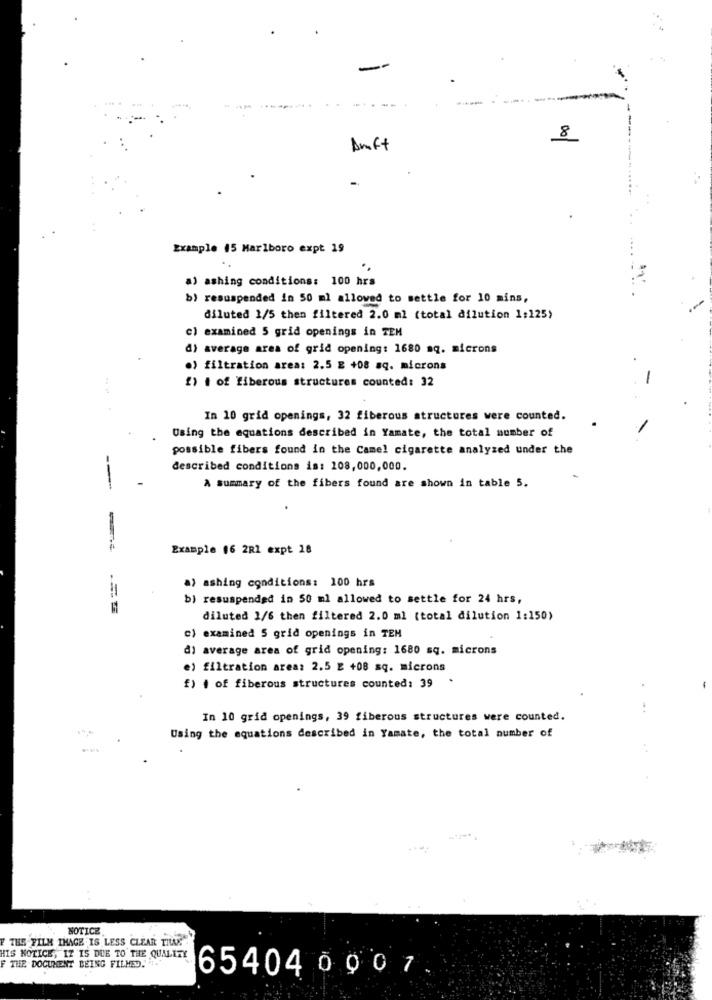
-
8
Amft
Example 15 Marlboro expt 19
a) ashing conditions: 100 hrs
b) resuspended in 50 ml allowed to settle for 10 mins,
diluted 1/5 then filtered 2.0 ml (total dilution 1:125>
c) examined 5 grid openings in TEM
d) average area of grid opening: 1680 aq. microns
.) filtration area: 2.5 E +08 aq. microns
...
2) i of fiberous structures counted: 32
In 10 grid openings, 32 fiberous structures were counted.
Using the equations described in Yamate, the total number of
possible fibers found in the Camel cigarette analyzed under the
described conditions is: 108,000,000.
A summary of the fibers found are shown in table 5.
----
--
Example 16 2R1 expt 18
a) ashing conditions: 100 hrs
bi resuspended in 50 ml allowed to settle for 24 hrs,
diluted 1/6 then filtered 2.0 ml (total dilution 1:150)
c) examined 5 grid openings in TEN
di average area of grid opening: 1680 sq. microns
e) filtration area: 2.5 E +08 sq. microns
f) + of fiberous structures counted: 39
In 10 grid openings, 39 fiberous structures were counted.
Using the equations described in Yamate, the total number of
NOTICE
F THE FILM IMAGE IS LESS CLEAR TILK"
HIS NOTICE, IZ IS DUE TO THE QUALITY
F THE DOCUMENT BEING FILMED ..
654040907